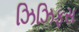
ઝિઝિફસ